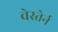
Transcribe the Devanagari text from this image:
वेस्तेर्न